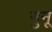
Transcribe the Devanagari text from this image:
नुनूं